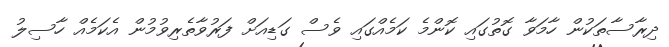
ދިރާސާތަކުން ހާމަވާ ގޮތުގައި ކޮންމެ ކަމެއްގައި ވެސް ގަޑިއަށް ފަރުވާތެރިވުމުން އެކަމެއް ހާސިލު